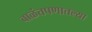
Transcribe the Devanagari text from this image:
बाळंतपणातल्या